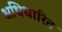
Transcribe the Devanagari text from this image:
अधिधारित